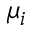
\mu _ { i }